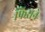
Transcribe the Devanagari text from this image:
फिराने